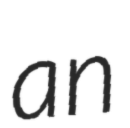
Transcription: an